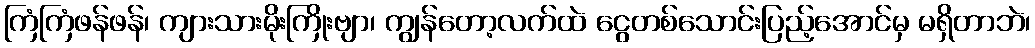
ကြံကြံဖန်ဖန်၊ ကျားသားမိုးကြိုးဗျာ၊ ကျွန်တော့လက်ထဲ ငွေတစ်သောင်းပြည့်အောင်မှ မရှိတာဘဲ၊